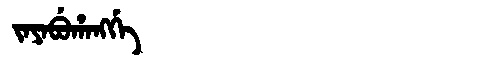
Manchu: ᠵᠠᠶᠠᠪᡠᡥᠠᠩᡤᡝ
Romanization: JAYABUHANGGE